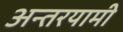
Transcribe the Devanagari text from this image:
अन्‍तरयामी